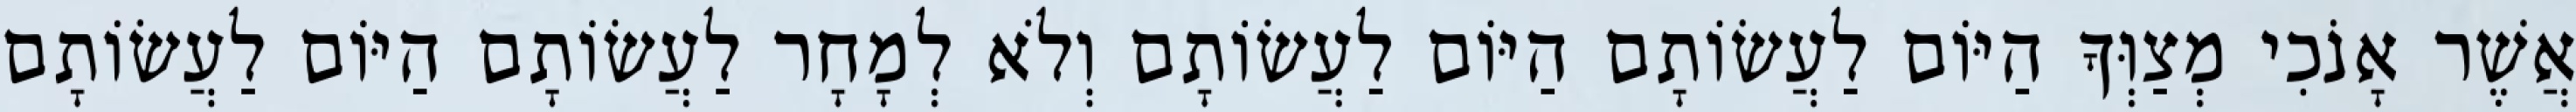
אֲשֶׁר אָנֹכִי מְצַוְּךָ הַיּוֹם לַעֲשׂוֹתָם הַיּוֹם לַעֲשׂוֹתָם וְלֹא לְמָחָר לַעֲשׂוֹתָם הַיּוֹם לַעֲשׂוֹתָם